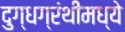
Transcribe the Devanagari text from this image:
दुग्धग्रंथीमध्ये